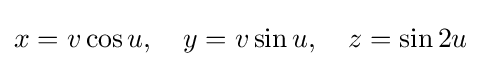
x=v\cos u,\quad y=v\sin u,\quad z=\sin 2u